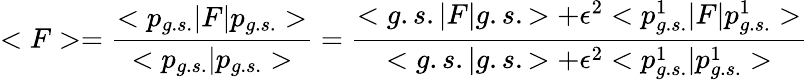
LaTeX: <F>=\frac{<p_{g.s.}|F|p_{g.s.}>}{<p_{g.s.}|p_{g.s.}>}=\frac{<g.s.|F|g.s.>+\epsilon^{2}<p_{g.s.}^{1}|F|p_{g.s.}^{1}>}{<g.s.|g.s.>+\epsilon^{2}<p_{g.s.}^{1}|p_{g.s.}^{1}>}